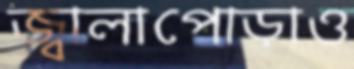
জ্বালাপোড়াও